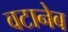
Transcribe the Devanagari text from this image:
वटानेब